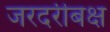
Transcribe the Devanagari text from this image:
जरदरीबक्ष